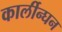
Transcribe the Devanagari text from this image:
कार्लीन्घन